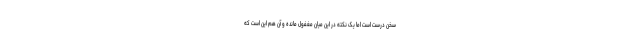
سخن درست است اما یک نکته در این میان مغفول مانده و آن هم این است که